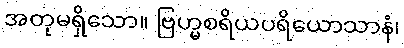
အတုမရှိသော။ ဗြဟ္မစရိယပရိယောသာနံ၊